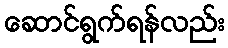
ဆောင်ရွက်ရန်လည်း